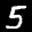
Label: 5